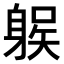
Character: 𨉛